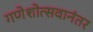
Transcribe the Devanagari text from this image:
गणेशोत्सवानंतर